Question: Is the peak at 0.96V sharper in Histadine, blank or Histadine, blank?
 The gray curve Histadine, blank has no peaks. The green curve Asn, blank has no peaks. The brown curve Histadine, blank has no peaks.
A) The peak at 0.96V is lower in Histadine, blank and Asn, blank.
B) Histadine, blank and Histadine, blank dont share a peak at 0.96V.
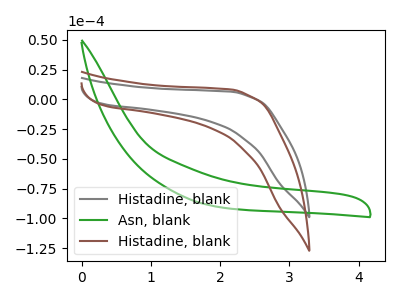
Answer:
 <answer>B) "Histadine, blank" and "Histadine, blank" dont share a peak at 0.96V.</answer>
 <eval>B</eval>